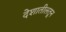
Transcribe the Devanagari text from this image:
देशातीलतून